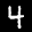
Label: 4